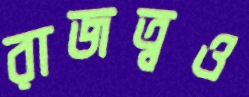
রাজত্বও